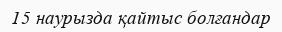
15 наурызда қайтыс болғандар